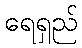
ရေရှည်